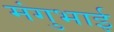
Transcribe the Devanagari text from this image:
मंगुभाई